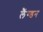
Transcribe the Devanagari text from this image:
लैंग्डन